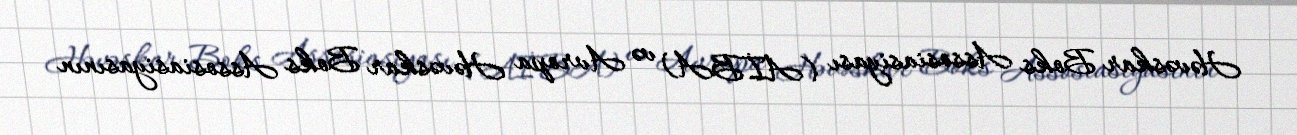
Həvəskar Boks Assosiasiyası (AİBA) və Avropa Həvəskar Boks Assosiasiyasının